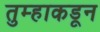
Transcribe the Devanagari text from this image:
तुम्हाकडून